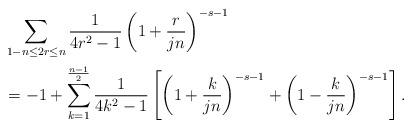
LaTeX: \begin{align*}& \sum_{ 1-n \leq 2r \leq n} \frac{1}{ 4r^2 - 1 } \left(1 +\frac{r}{ j n } \right)^{-s-1} \\& = -1 + \sum_{k=1}^{\frac{n-1}{2}} \frac{1}{4k^2 - 1} \left[ \left(1 + \frac{k}{jn} \right)^{-s-1} + \left( 1 - \frac{k}{jn} \right)^{-s-1} \right].\end{align*}